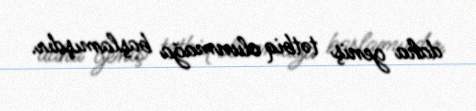
daha geniş tətbiq olunmağa başlamışdır.